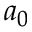
a _ { 0 }